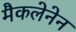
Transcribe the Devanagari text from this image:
मैकलेनेन